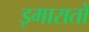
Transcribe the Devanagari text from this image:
इमारातों